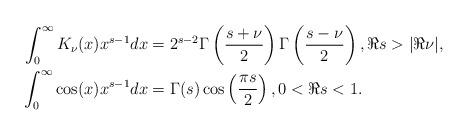
LaTeX: \begin{align*} \int_0^\infty K_\nu(x)x^{s-1}dx &= 2^{s-2}\Gamma\left(\frac{s+\nu}{2}\right)\Gamma\left(\frac{s-\nu}{2} \right), \Re s > |\Re \nu|,\\ \int_0^\infty \cos(x)x^{s-1}dx &= \Gamma(s)\cos\left(\frac{\pi s}{2}\right), 0 <\Re s < 1.\end{align*}